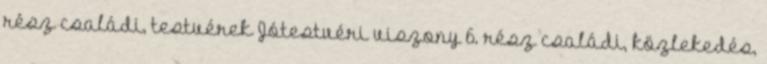
rész családi, testvérek Jótestvéri viszony 6. rész családi, közlekedés,